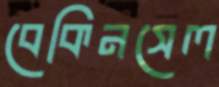
বেকিনসেল